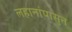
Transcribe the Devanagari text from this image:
लहानांपासुन